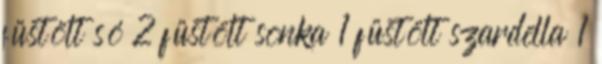
füstölt só 2 füstölt sonka 1 füstölt szardella 1